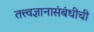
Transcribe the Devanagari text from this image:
तत्त्वज्ञानासंबंधीची